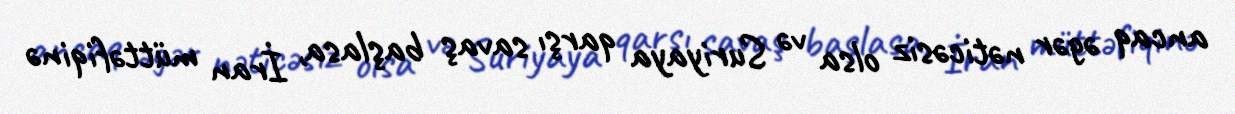
ancaq əgər nəticəsiz olsa və Suriyaya qarşı savaş başlasa, İran müttəfiqinə